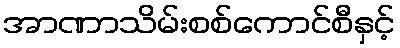
အာဏာသိမ်းစစ်ကောင်စီနှင့်